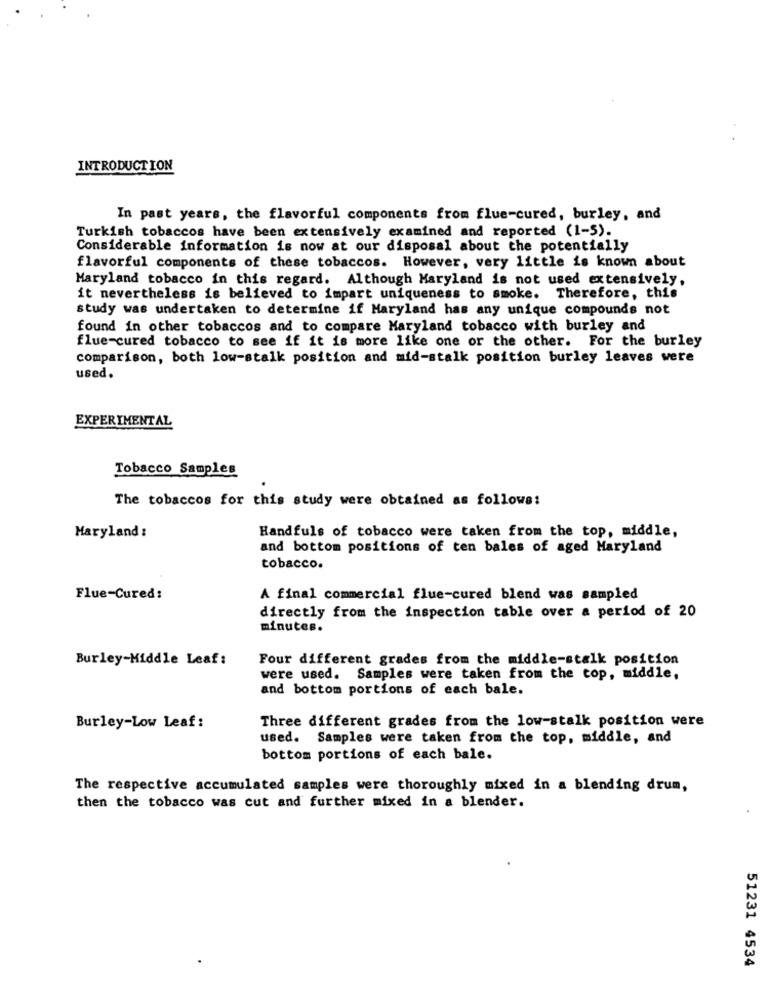
INTRODUCTION
In past years, the flavorful components from flue-cured, burley, and
Turkish tobaccos have been extensively examined and reported (1-5).
Considerable information is now at our disposal about the potentially
flavorful components of these tobaccos. However, very little is known about
Maryland tobacco in this regard. Although Maryland is not used extensively,
it nevertheless is believed to impart uniqueness to smoke. Therefore, this
study was undertaken to determine if Maryland has any unique compounds not
found in other tobaccos and to compare Maryland tobacco with burley and
flue-cured tobacco to see if it is more like one or the other. For the burley
comparison, both low-stalk position and mid-stalk position burley leaves were
used.
EXPERIMENTAL
Tobacco Samples
The tobaccos for this study were obtained as follows:
Maryland :
Handfuls of tobacco were taken from the top, middle,
and bottom positions of ten bales of aged Maryland
tobacco.
Flue-Cured:
A final commercial flue-cured blend was sampled
directly from the inspection table over a period of 20
minutes.
Burley-Middle Leaf:
Four different grades from the middle-stalk position
were used. Samples were taken from the top, middle,
and bottom portions of each bale.
Three different grades from the low-stalk position were
Burley-Low Leaf :
used. Samples were taken from the top, middle, and
bottom portions of each bale.
The respective accumulated samples were thoroughly mixed in a blending drum,
then the tobacco was cut and further mixed in a blender.
51231 4534